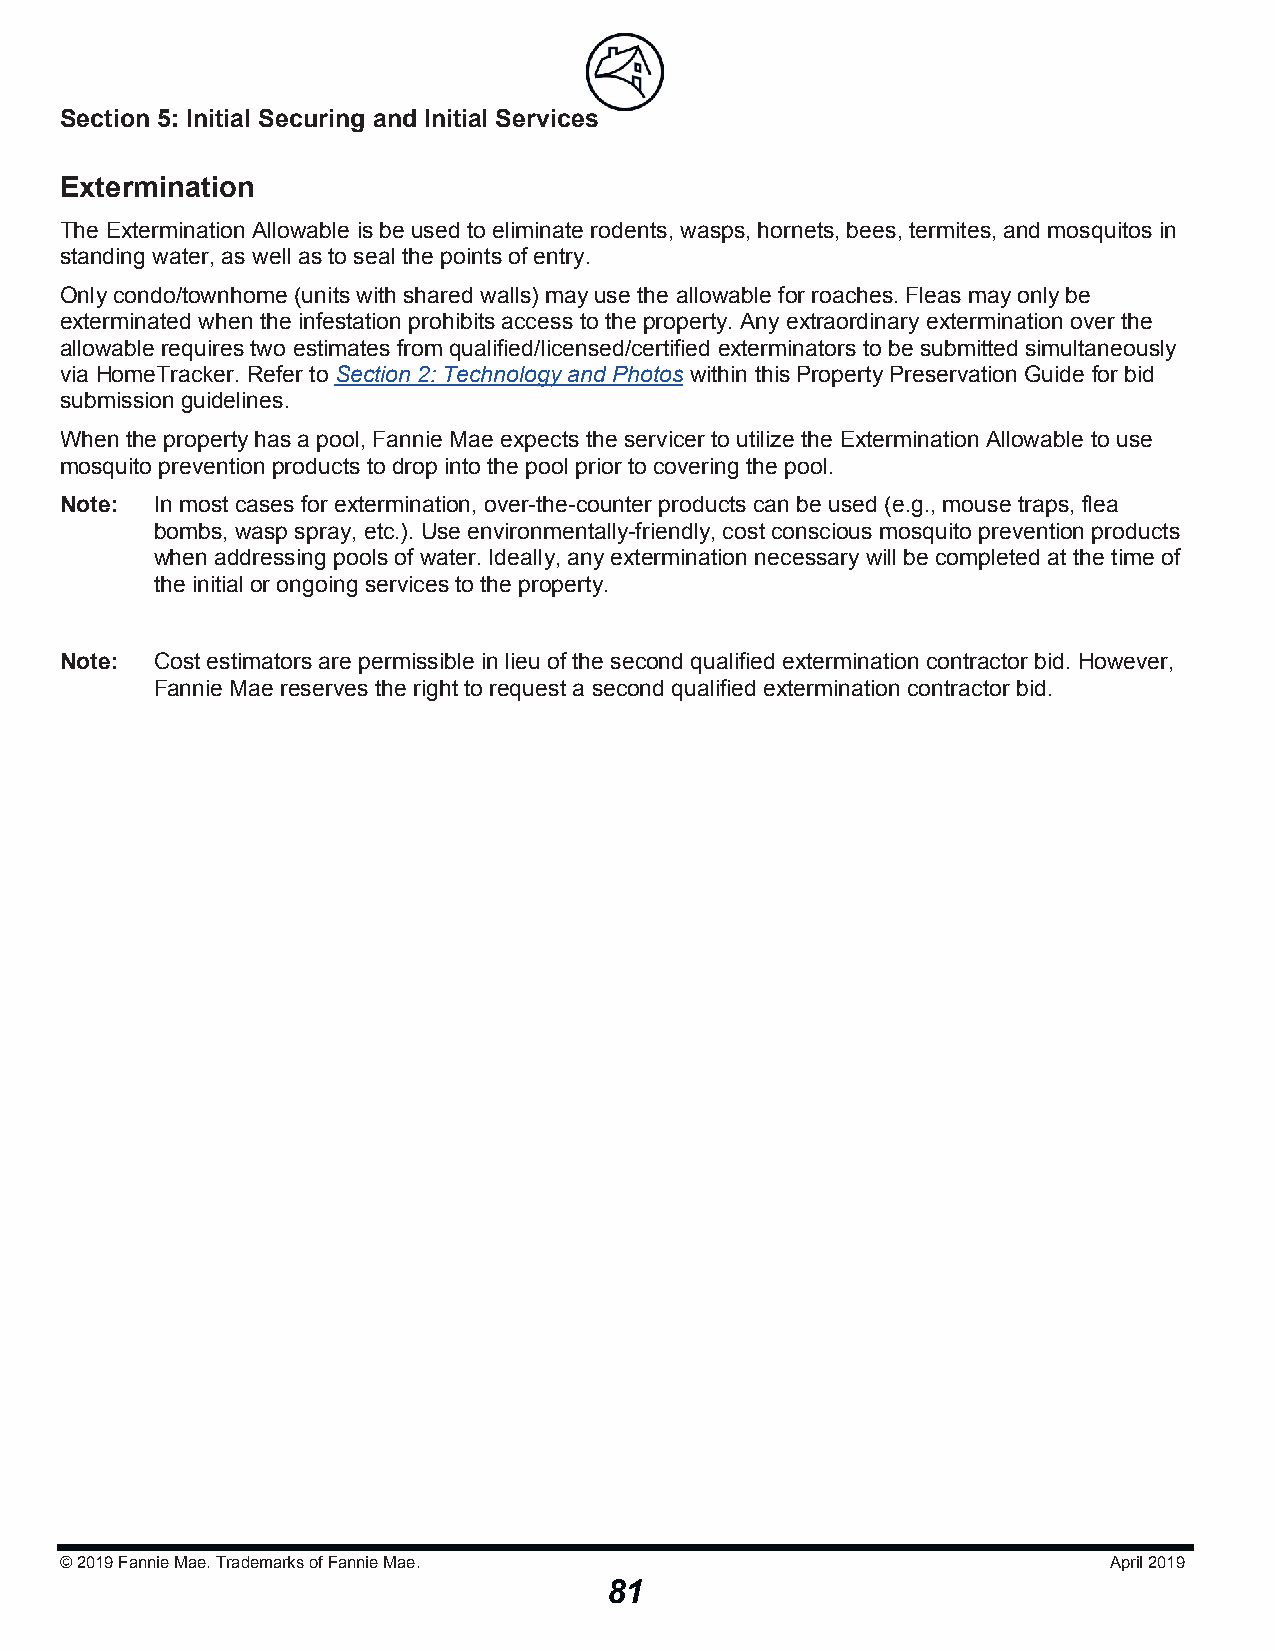
Section 5: Initial Securing and Initial Serviicceess
 Extermination
 The Extermination Allowable is be used to eliminate rodents, wasps, hornets, bees, termites, and mosquitos in
 standing water, as well as to seal the points of entry.
 Only condo/townhome (units with shared walls) may use the allowable for roaches. Fleas may only be
 exterminated when the infestation prohibits access to the property. Any extraordinary extermination over the
 allowable requires two estimates from qualified/licensed/certified exterminators to be submitted simultaneously
 via HomeTracker. Refer to Section 2: Technology and Photos within this Property Preservation Guide for bid
 submission guidelines.
 When the property has a pool, Fannie Mae expects the servicer to utilize the Extermination Allowable to use
 mosquito prevention products to drop into the pool prior to covering the pool.
 Note: In most cases for extermination, over-the-counter products can be used (e.g., mouse traps, flea
 bombs, wasp spray, etc.). Use environmentally-friendly, cost conscious mosquito prevention products
 when addressing pools of water. Ideally, any extermination necessary will be completed at the time of
 the initial or ongoing services to the property.
 Note: Cost estimators are permissible in lieu of the second qualified extermination contractor bid. However,
 Fannie Mae reserves the right to request a second qualified extermination contractor bid.
 © 2019Fannie Mae. Trademarks of Fannie Mae.                          April 2019
 81